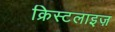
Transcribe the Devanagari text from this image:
क्रिस्टलाइज़